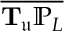
\overline { { \mathbf { T } _ { \mathfrak { u } } \mathbb { P } _ { L } } }